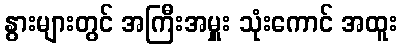
နွားများတွင် အကြီးအမှူး သုံးကောင် အထူး